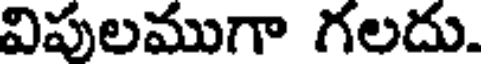
విపులముగా గలదు.